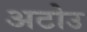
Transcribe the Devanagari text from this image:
अटोउ